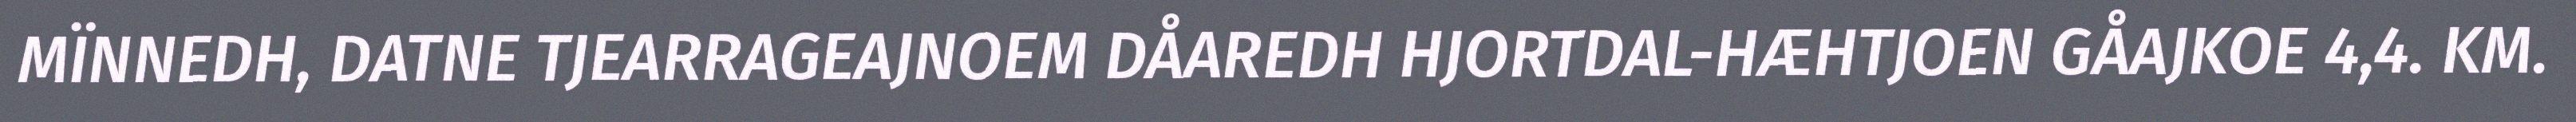
MÏNNEDH, DATNE TJEARRAGEAJNOEM DÅAREDH HJORTDAL-HÆHTJOEN GÅAJKOE 4,4. KM.